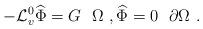
LaTeX: \begin{align*}-\mathcal{L}_v^0 \widehat{\Phi} =G\ \ \Omega\ ,\widehat{\Phi} =0\ \ \partial\Omega\ .\end{align*}